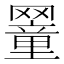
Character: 𦌜